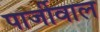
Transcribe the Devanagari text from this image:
पार्जीवाल